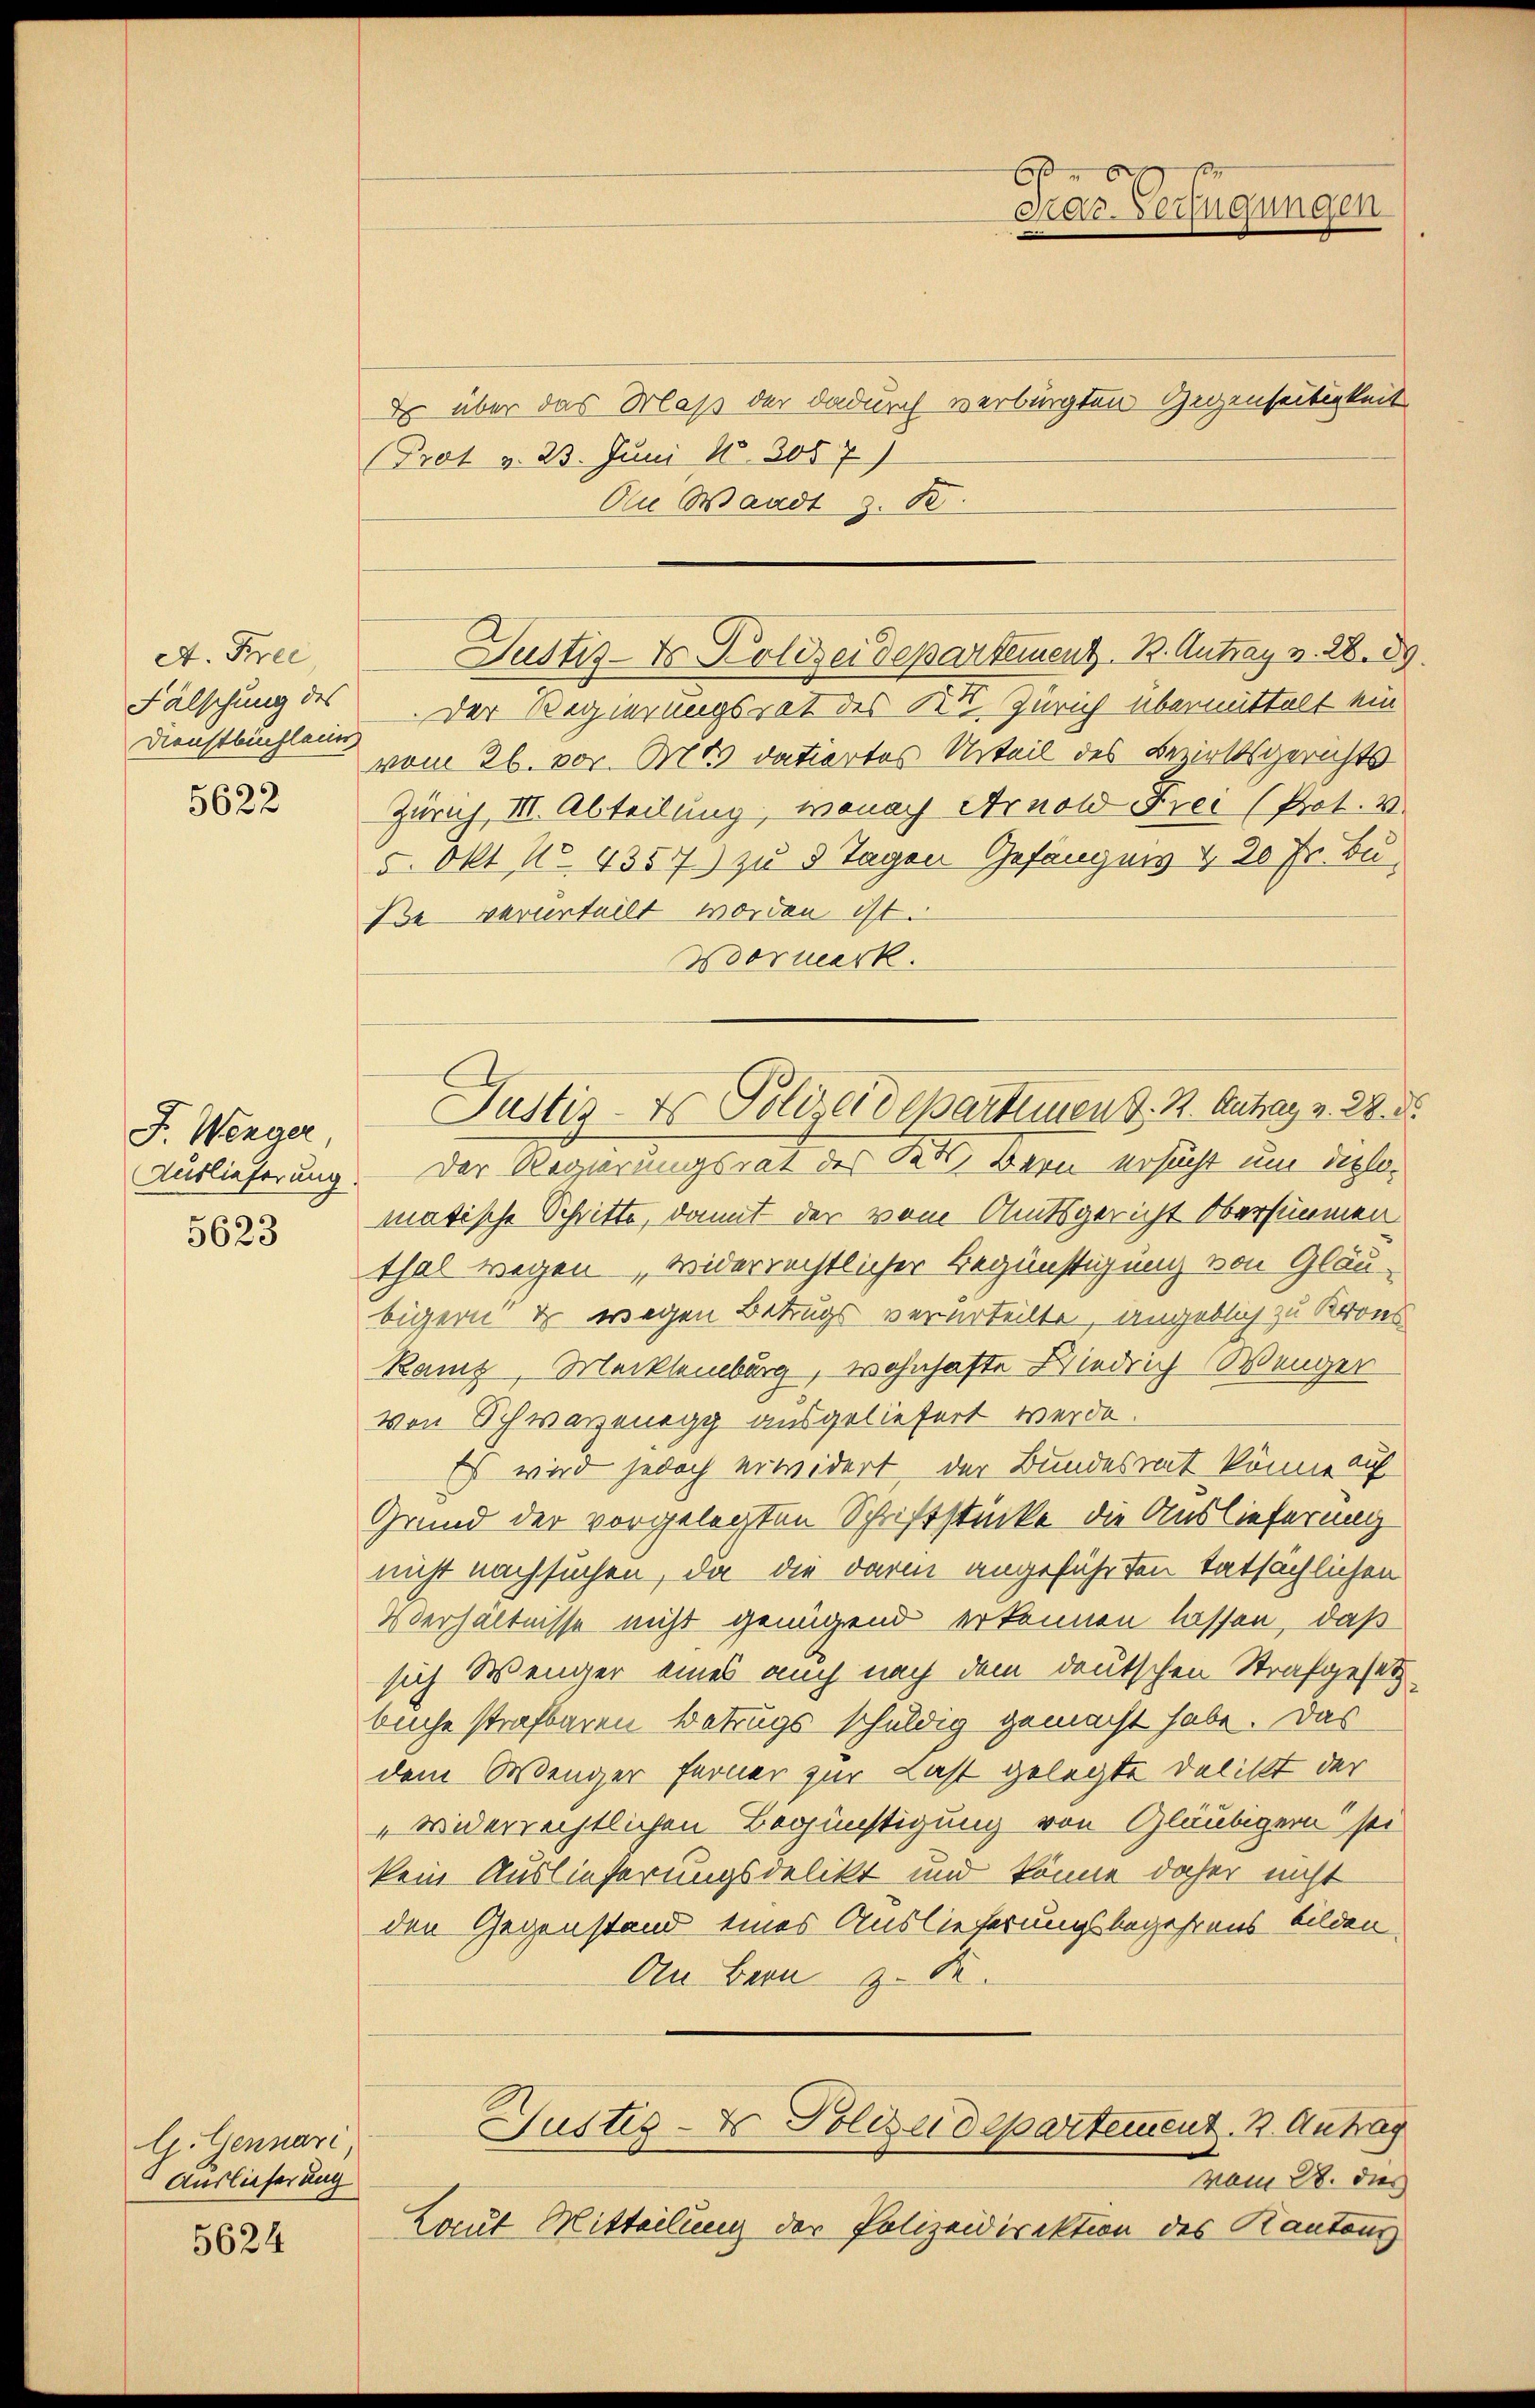
A. Free
Fälschung des
Dienstbichleier,
5622

J. Wenger
Auslieferung
5623

G. Genuari
Auslieferung

5624

Er über das Maß der dadurch verbürgten Gegenseitigkeit
Prot v. 23. Juni 18. 305 7)
An Waadt z. B.
Der Regierungsrat des Kt. Zürich übermittelt ein
vom 26. vor. Mts. datiertes Urteil des Bezirksgerichts
Zürich, III. Abteilung, wonach Arnold Frei (Prot. v.
5. Okt No. 4357) zu 5 Tagen Gefängnis & 20 Fr. Bu¬
Be-verurteilt worden ist.
Worwerk.
Der Regierungsrat des Kts. Bern ersucht um diplomatische Schritte, damit der vom Amtsgericht Obersimmen
thal wegen, widerrechtlicher Begünstigung von Gläubigern & wegen Betrugs verurteilte, angeblich zu Krons
Ranz, Mecklenburg, wohnhafte Niedrich Wenger
von Schwarzenegg ausgeliefert werde.
Es wird jedoch erwidert, der Bundesrat könne auf
Grund der vorgelegten Schriftstücke die Auslieferung
nicht nachsuchen, da die darin angeführten tatsächlichen
Verhältnisse nicht genügend erkennen lassen, daß
sich Wenger eines auch nach dem deutschen Strafgesetz
büche strafbaren Betrugs schuldig gemacht habe. Das
dem Wenger ferner zur Last gelegte Delikt der
"widerrechtlichen Begünstigung von Gläubigern sei
kein Auslieferungsdelikt und könne daher nicht
den Gegenstand eines Auslieferungsbegehrens bilden.
An Bern z. B.
Justiz - Es Polizeidepartement. 2. Antrag
vom 28. dies
Laut Mitteilung der Polizeidirektion des Kantons

6
das Verfügungen

Justiz- & Polizeidepartement. B. Antrag v. 28. 89.

Justiz- & Polizeidepartemen z. B. Antrag v. 28. 8.